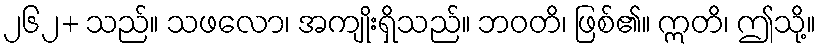
၂၆၂+ သည်။ သဖလော၊ အကျိုးရှိသည်။ ဘဝတိ၊ ဖြစ်၏။ ဣတိ၊ ဤသို့။